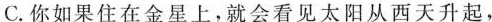
C.你如果住在金星上，就会看见太阳从西天升起，